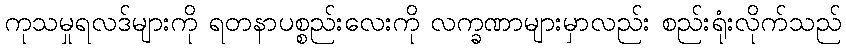
ကုသမှုရလဒ်များကို ရတနာပစ္စည်းလေးကို လက္ခဏာများမှာလည်း စည်းရုံးလိုက်သည်